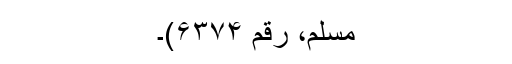
مسلم، رقم ۶۳۷۴)۔